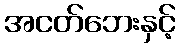
အငတ်ဘေးနှင့်